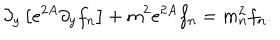
\partial _ { y } \left[ e ^ { 2 A } \partial _ { y } f _ { n } \right] + m ^ { 2 } e ^ { 2 A } f _ { n } = m _ { n } ^ { 2 } f _ { n } .